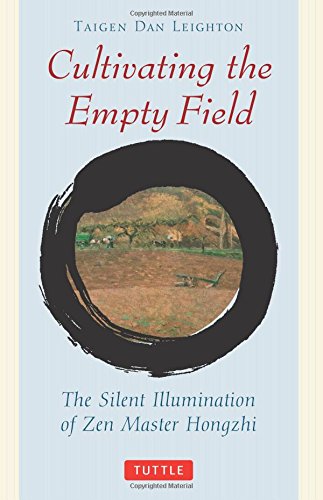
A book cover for Cultivating the Empty Field: The Silent Illumination of Zen Master Hongzhi; Honghzhi Zhengue; Religion & Spirituality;